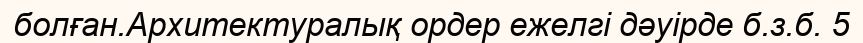
болған.Архитектуралық ордер ежелгі дәуірде б.з.б. 5